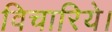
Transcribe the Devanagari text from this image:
विचारिये।